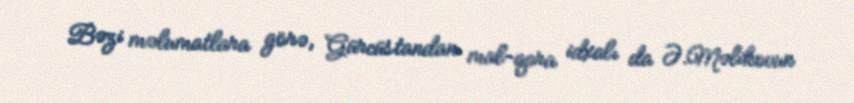
Bəzi məlumatlara görə, Gürcüstandan mal-qara idxalı da Ə.Məlikovun